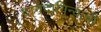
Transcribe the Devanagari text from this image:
दागदागिन्याची